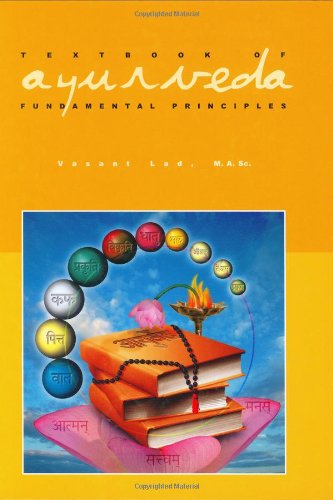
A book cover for Textbook of Ayurveda, Vol. 1: Fundamental Principles of Ayurveda; Vasant Lad; Health, Fitness & Dieting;